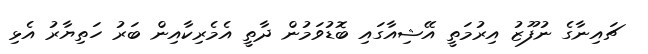
ޗައިނާގެ ނުފޫޒު އިރުމަތީ އޭޝިއާގައި ބޮޑުވަމުން ދާތީ އެމެރިކާއިން ބަރު ހަތިޔާރު އެޅި